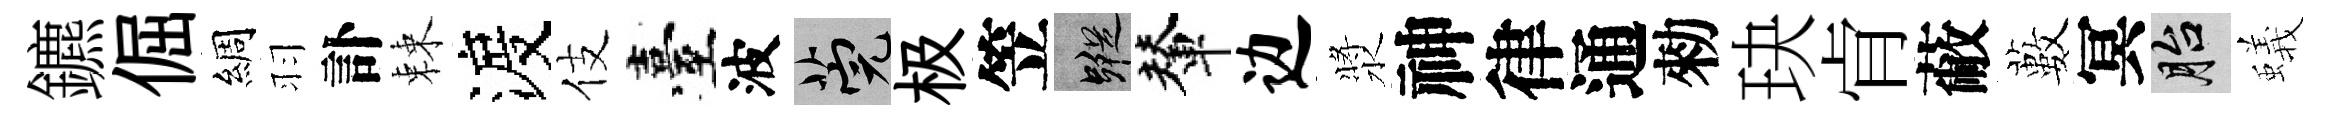
鑣倔綢羽訃棘渡伎臺波筦极笠蹤輦边漿神律通勑玦肻蔽藪冥胎蟻